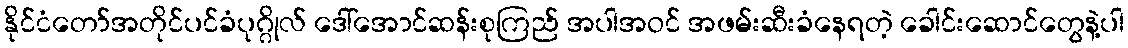
နိုင်ငံတော်အတိုင်ပင်ခံပုဂ္ဂိုလ် ဒေါ်အောင်ဆန်းစုကြည် အပါအဝင် အဖမ်းဆီးခံနေရတဲ့ ခေါင်းဆောင်တွေနဲ့ပါ